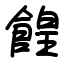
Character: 餭